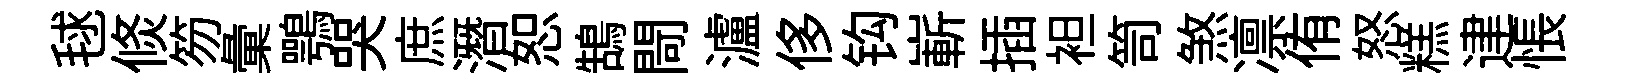
毬倐笏彙鶚哭庶潛恕鵠閜瀘侈钩嶄插袒笥煞凛侑怒糕䢖悵